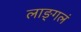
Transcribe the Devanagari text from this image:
लाङ्गलं